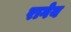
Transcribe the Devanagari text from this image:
रागेय